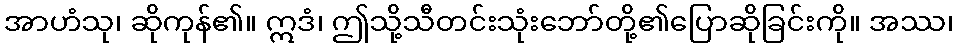
အာဟံသု၊ ဆိုကုန်၏။ ဣဒံ၊ ဤသို့သီတင်းသုံးဘော်တို့၏ပြောဆိုခြင်းကို။ အဿ၊